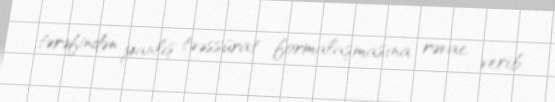
tərəfindən yanlış təəssürat formalaşmasına rəvac verib.